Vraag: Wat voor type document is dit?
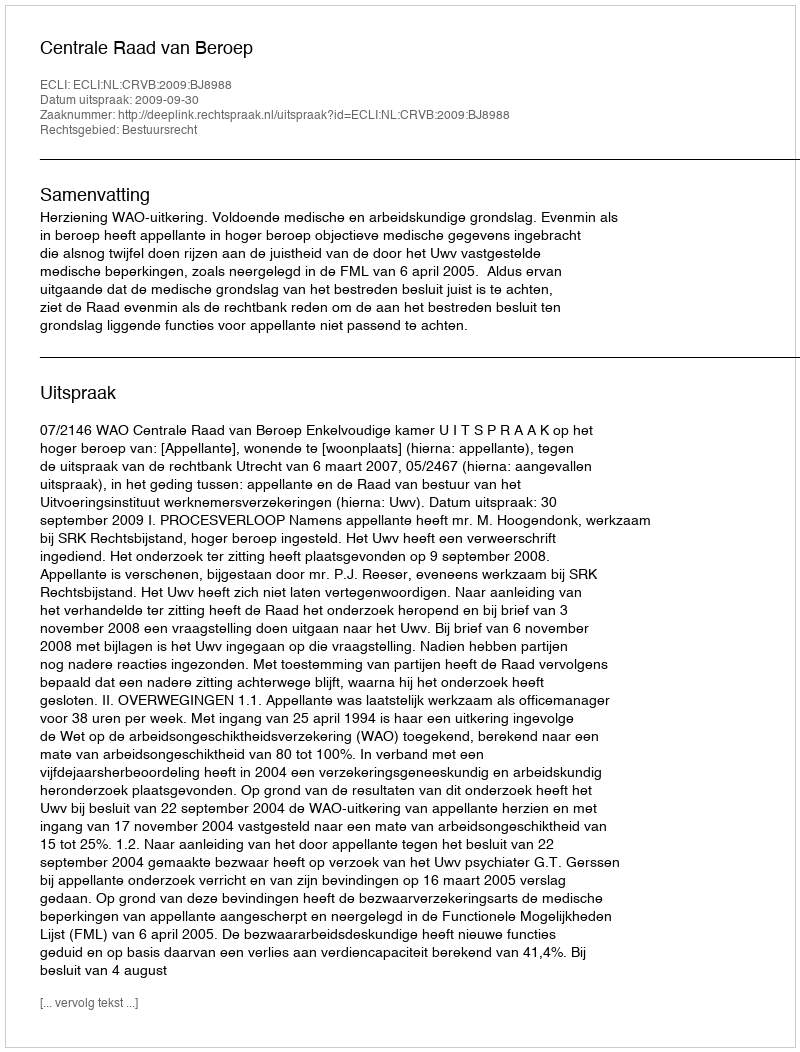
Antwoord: Uitspraak